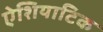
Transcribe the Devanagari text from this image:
ऐशियाटिक